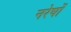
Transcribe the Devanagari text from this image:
नरेषों